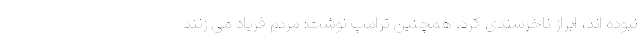
نبوده اند، ابراز ناخرسندی کرد. همچنین ترامپ نوشت: مردم فریاد می زنند